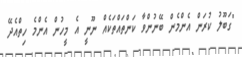
"ގަބޫލު ކުރަން އެންމެން ބޭނުންވާ ކަންތައްތަކެއް ނޫނީ އެ މީހުން އެންމެ ހިތްއެދޭ